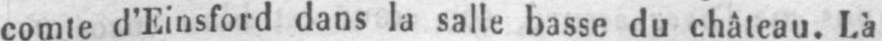
comte d’Einsford dans la salle basse du château. Là